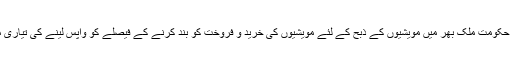
مرکزی حکومت ملک بھر میں مویشیوں کے ذبح کے لئے مویشیوں کی خرید و فروخت کو بند کرنے کے فیصلے کو واپس لینے کی تیاری میں ہے۔